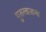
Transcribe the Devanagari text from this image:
गुरुत्वजन्य